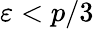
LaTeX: \varepsilon<p/3